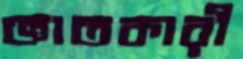
জ্ঞাতকারী